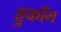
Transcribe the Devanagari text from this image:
हुकाँग